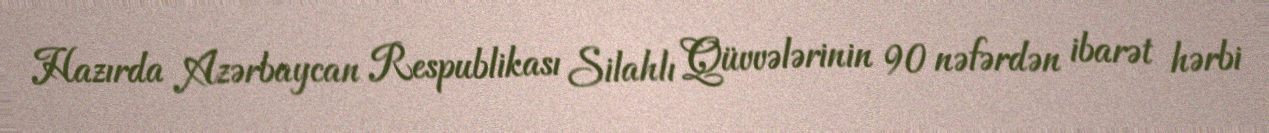
Hazırda Azərbaycan Respublikası Silahlı Qüvvələrinin 90 nəfərdən ibarət hərbi